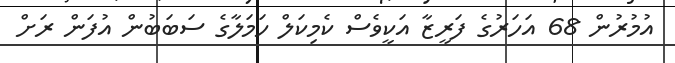
އުމުރުން 68 އަހަރުގެ ފަރީޒާ އަކީވެސް ކެމިކަލް ހަމަލާގެ ސަބަބުން އުފަން ރަށް